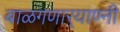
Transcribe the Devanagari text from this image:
बाळगणार्‍याण्नी